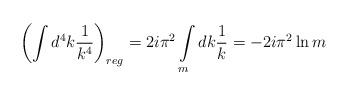
LaTeX: \begin{align*}\left(\int d^4k \frac{1}{k^4}\right)_{reg} =2i\pi^2 \int\limits_m dk \frac{1}{k} = - 2i\pi^2 \ln m\end{align*}